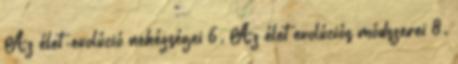
Az élet-evolúció nehézségei 6. Az élet evolúciós módszerei 8.